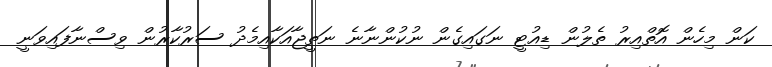
ކަން މިހެން އޮތްއިރު ތެލުން ޑިއުޓީ ނަގައިގެން ނުކުންނާނެ ނަތީޖާއަކާއިމެދު ސަރުކާރުން ވިސްނާފައިވަނީ